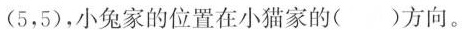
(5，5)，小兔家的位置在小猫家的( )方向。